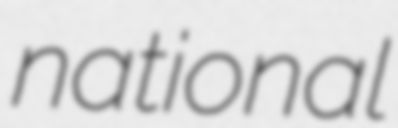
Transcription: national